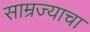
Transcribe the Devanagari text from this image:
साम्रज्याचा